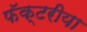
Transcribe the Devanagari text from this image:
फॅक्टरीया